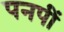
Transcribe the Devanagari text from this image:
पनपीं